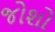
જોશો